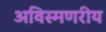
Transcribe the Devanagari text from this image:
अविस्मणरीय